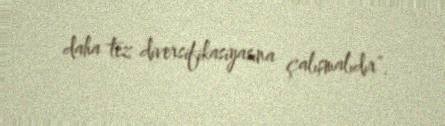
daha tez diversifikasiyasına çalışmalıdır”.